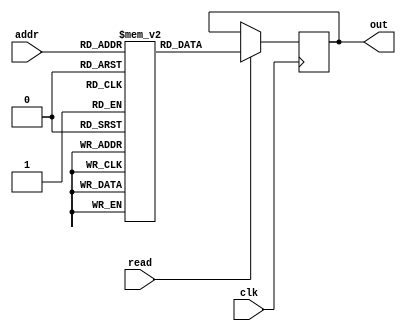
//
// Verilog Module mopshub_lib.seu_rom
//
// Created:
//          by - dcs.dcs (chipdev2.physik.uni-wuppertal.de)
//          at - 13:01:49 06/8/23
//
// using Mentor Graphics HDL Designer(TM) 2019.4 (Build 4)
//
//Following is the verilog code of ROM (Read Only Memory).
`resetall
`timescale 1ns/10ps
module seu_rom(
    input  wire clk,
    input  wire read,
    input  wire  [3:0]  addr,
    output wire [7:0]   out
    );

reg [7:0] out_reg;
reg [7:0] ROM [15:0];

always @(posedge clk)
begin
    if (read) out_reg=ROM[addr];
end 

initial
begin
    ROM[0]=8'd0; 
    ROM[1]=8'd1;
    ROM[2]=8'd2; 
    ROM[3]=8'd3;
    ROM[4]=8'd4; 
    ROM[5]=8'd5;
    ROM[6]=8'd6; 
    ROM[7]=8'd7;
    ROM[8]=8'd8; 
    ROM[9]=8'd9;
    ROM[10]=8'd10; 
    ROM[11]=8'd11;
    ROM[12]=8'd12; 
    ROM[13]=8'd13;
    ROM[14]=8'd14; 
    ROM[15]=8'd15;
end
assign out = out_reg;
endmodule